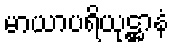
မာယာပရိယုဋ္ဌာနံ